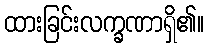
ထားခြင်းလက္ခဏာရှိ၏။